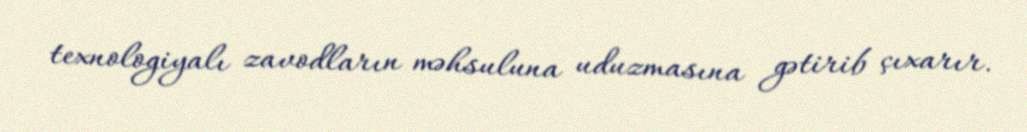
texnologiyalı zavodların məhsuluna uduzmasına gətirib çıxarır.